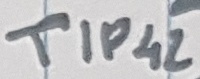
Text: TIP42